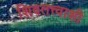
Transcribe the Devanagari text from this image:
शिवतत्त्वाशी